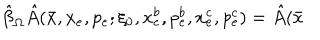
\hat { \beta } _ { \Omega } \hat { A } ( \bar { x } , x _ { e } , p _ { e } ; \xi _ { 0 } , x _ { e } ^ { b } , p _ { e } ^ { b } , x _ { e } ^ { c } , p _ { e } ^ { c } ) = \hat { A } ( \bar { x }